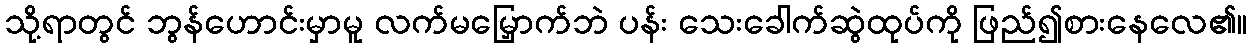
သို့ရာတွင် ဘွန်ဟောင်းမှာမူ လက်မမြှောက်ဘဲ ပန်း သေးခေါက်ဆွဲထုပ်ကို ဖြည်၍စားနေလေ၏။